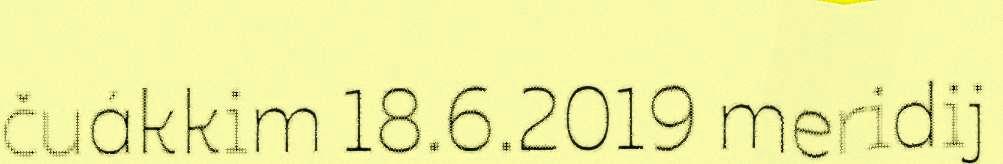
čuákkim 18.6.2019 meridij